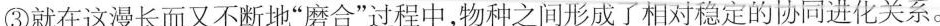
③就在这漫长而又不断地”磨合”过程中，物种之间形成了相对稳定的协同进化关系。